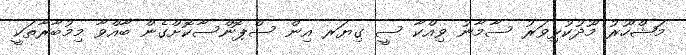
މަޝްހޫރު މޫދުކުޅިވަރު ސާމާނު ވިއްކާ ސީ ގިޔަރ އިން ސްޕޮންސާކޮށްގެން ބާއްވާ މިމުބާރާތަކީ